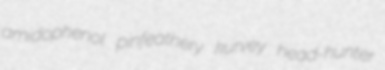
amidophenol pinfeathery kurvey head-hunter